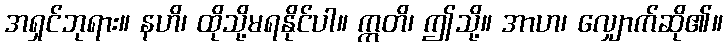
အရှင်ဘုရား။ နဟိ၊ ထိုသို့မရနိုင်ပါ။ ဣတိ၊ ဤသို့။ အာဟ၊ လျှောက်ဆို၏။